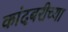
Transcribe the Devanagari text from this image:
कांदबरीच्या